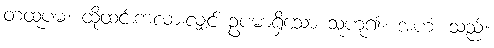
တထူပမံ၊ ထိုထင်းကလားလျှင် ဥပမာရှိသော သူဟူ၍။ အဟံ၊ သည်။